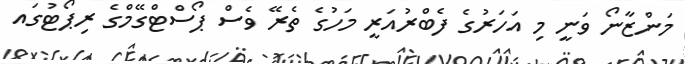
މަންޒާނޯ ވަނީ މި އަހަރުގެ ފެބްރުއަރީ މަހުގެ ތެރޭ ވެސް ޕޯސްޓްގޭމްގެ ރިޕޯޓުގައ